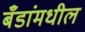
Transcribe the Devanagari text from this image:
बँडांमधील